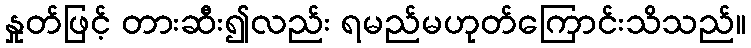
နှုတ်ဖြင့် တားဆီး၍လည်း ရမည်မဟုတ်ကြောင်းသိသည်။